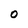
Character: O